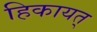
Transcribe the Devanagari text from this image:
हिकायत्‌